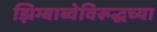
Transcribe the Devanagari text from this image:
झिम्बाब्वेविरूद्धच्या